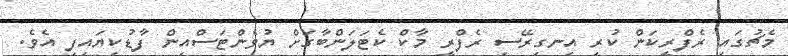
މެޗުގައި ރެފްރީކަން ކުރި އިނގިރޭސި ރެފްރީ މާކް ކެޓަލަންބާގަށް ޔުވެންޓަސްއިން ފާޑުކިޔައިފި އެވެ.